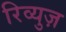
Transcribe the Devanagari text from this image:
रिव्युज़